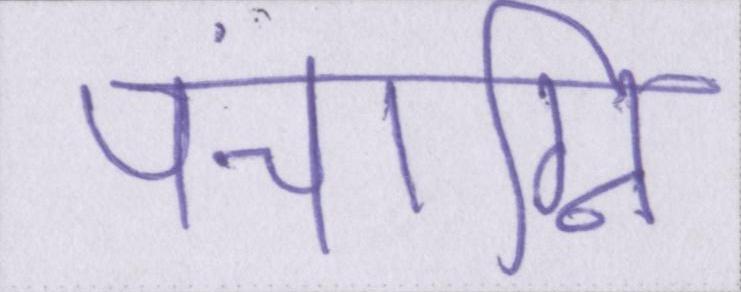
पंचाग्नि